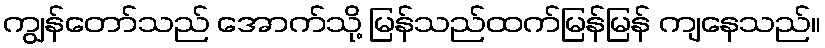
ကျွန်တော်သည် အောက်သို့ မြန်သည်ထက်မြန်မြန် ကျနေသည်။